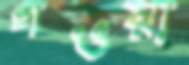
গওয়া